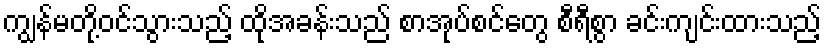
ကျွန်မတို့ဝင်သွားသည့် ထိုအခန်းသည် စာအုပ်စင်တွေ စီရီစွာ ခင်းကျင်းထားသည့်